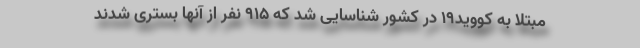
مبتلا به کووید۱۹ در کشور شناسایی شد که ۹۱۵ نفر از آنها بستری شدند